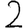
Digit: 2